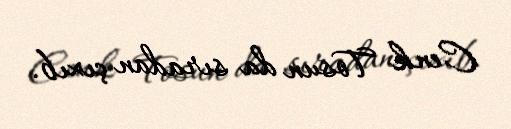
Cenk Tosun da sıradan çıxıb.